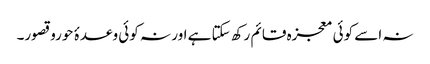
نہ اسے کوئی معجزہ قائم رکھ سکتا ہے اور نہ کوئی وعدۂ حوروقصور۔